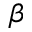
\beta